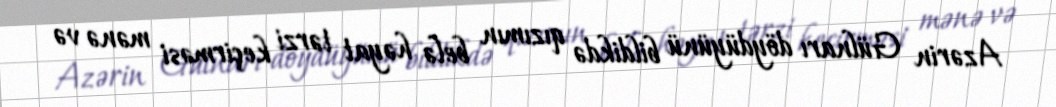
Azərin Gülnarı döydüyünü bildikdə qızımın belə həyat tərzi keçirməsi mənə və